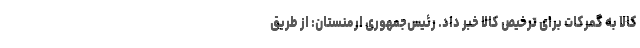
کالا به گمرکات برای ترخیص کالا خبر داد. رئیس‌جمهوری ارمنستان: از طریق